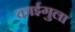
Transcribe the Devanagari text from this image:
काईगुला